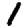
Digit: 1